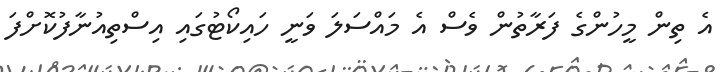
އެ ތިން މީހުންގެ ފަރާތުން ވެސް އެ މައްސަލަ ވަނީ ހައިކޯޓުގައި އިސްތިއުނާފުކޮށްފަ